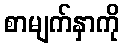
စာမျက်နှာကို